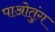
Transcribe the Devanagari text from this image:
पाओतुंग